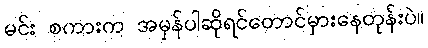
မင်း စကားက အမှန်ပါဆိုရင်တောင်မှားနေတုန်းပဲ။